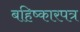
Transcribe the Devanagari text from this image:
बहिष्कारपत्र